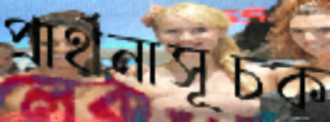
প্রার্থনাসূচক